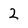
Character: 2